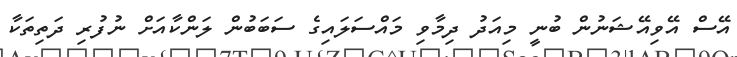
އޭސް އޭވިއޭޝަނުން ބުނީ މިއަދު ދިމާވި މައްސަލައިގެ ސަބަބުން ލަންކާއަށް ނުފުރި ދަތިތަކާ